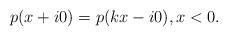
LaTeX: \begin{align*}p(x+i0)=p(kx-i0),x<0.\end{align*}